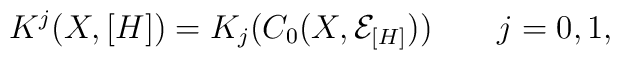
K^j(X, [H]) = K_j(C_0(X, {\mathcal E}_{[H]}))\qquad j=0,1,